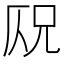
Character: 𠩣